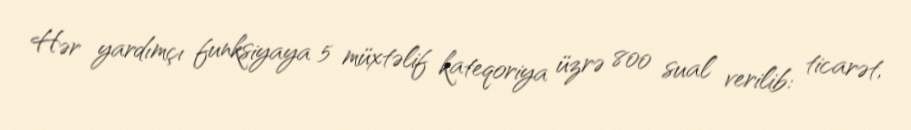
Hər yardımçı funksiyaya 5 müxtəlif kateqoriya üzrə 800 sual verilib: ticarət,